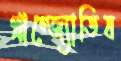
প্রাগ্‌জ্যোতিষ